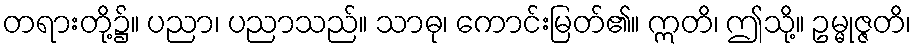
တရားတို့၌။ ပညာ၊ ပညာသည်။ သာဓု၊ ကောင်းမြတ်၏။ ဣတိ၊ ဤသို့။ ဥမ္မုဇ္ဇတိ၊